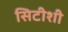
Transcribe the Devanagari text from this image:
सिटीशी